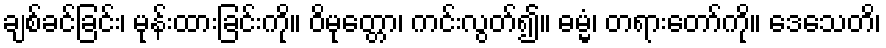
ချစ်ခင်ခြင်း၊ မုန်းထားခြင်းကို။ ဝိမုတ္တော၊ ကင်းလွတ်၍။ ဓမ္မံ၊ တရားတော်ကို။ ဒေသေတိ၊